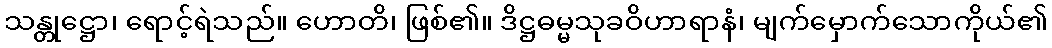
သန္တုဋ္ဌော၊ ရောင့်ရဲသည်။ ဟောတိ၊ ဖြစ်၏။ ဒိဋ္ဌဓမ္မသုခဝိဟာရာနံ၊ မျက်မှောက်သောကိုယ်၏